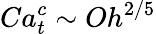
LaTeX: Ca_{t}^{c}\sim Oh^{2/5}